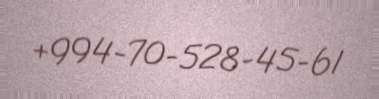
+994-70-528-45-61